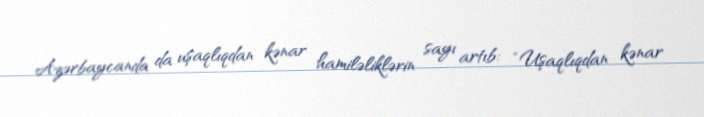
Azərbaycanda da uşaqlıqdan kənar hamiləliklərin sayı artıb: “Uşaqlıqdan kənar